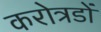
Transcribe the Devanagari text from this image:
करोत्रडों